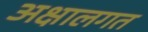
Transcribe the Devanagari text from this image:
अक्षालगत